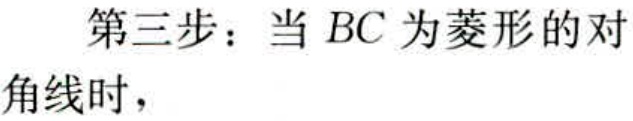
第三步：当 \(BC\) 为菱形的对角线时，